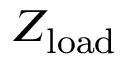
Z _ { \mathrm { l o a d } }